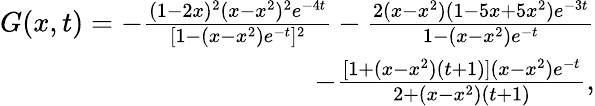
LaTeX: \begin{array}{r}{G(x,t)=-\frac{(1-2x)^{2}(x-x^{2})^{2}e^{-4t}}{[1-(x-x^{2})e^{-t}]^{2}}-\frac{2(x-x^{2})(1-5x+5x^{2})e^{-3t}}{1-(x-x^{2})e^{-t}}}\\ {-\frac{[1+(x-x^{2})(t+1)](x-x^{2})e^{-t}}{2+(x-x^{2})(t+1)},}\end{array}